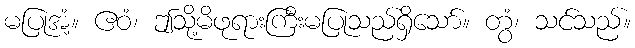
မပြုအံ့။ ဧဝံ၊ ဤသို့မိဖုရားကြီးမပြုသည်ရှိသော်။ တွံ၊ သင်သည်။